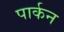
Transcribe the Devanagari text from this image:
पार्कन